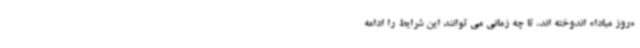
«روز مبادا» اندوخته اند، تا چه زمانی می توانند این شرایط را ادامه